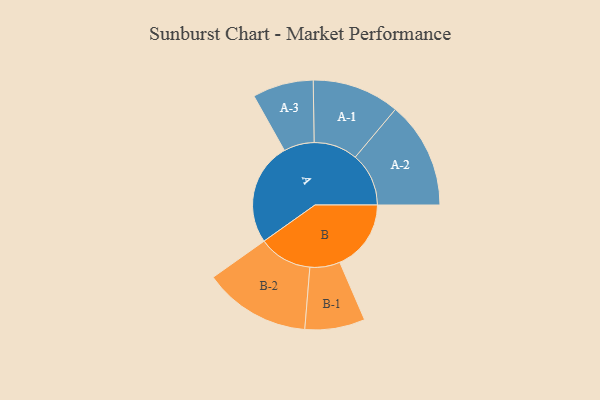
{"axis": {"x": "Segment", "y": "Value"}, "legend": ["", "A", "B"], "data": [{"x": "A", "y": 496, "type": ""}, {"x": "B", "y": 344, "type": ""}, {"x": "A-1", "y": 211, "type": "A"}, {"x": "A-2", "y": 258, "type": "A"}, {"x": "A-3", "y": 147, "type": "A"}, {"x": "B-1", "y": 145, "type": "B"}, {"x": "B-2", "y": 258, "type": "B"}]}